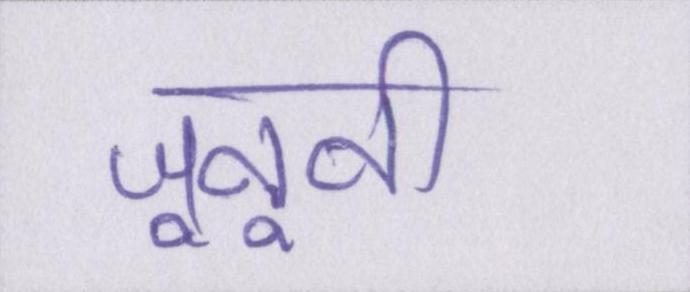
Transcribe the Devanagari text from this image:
जूनूनी